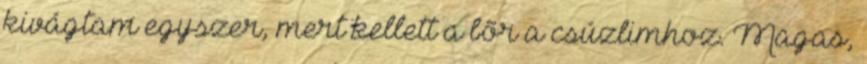
kivágtam egyszer, mert kellett a bõr a csúzlimhoz. Magas,